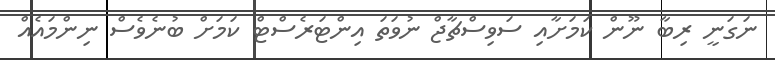
ނަގަނީ ރިބާ ނޫން ކަމަށާއި ސަވިސްޗާޖް ނުވަތަ އިންޓަރެސްޓް ކަމަށް ބުނެވެސް ނިންމައެއް